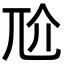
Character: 𡯓